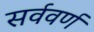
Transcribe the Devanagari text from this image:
सर्ववर्ण